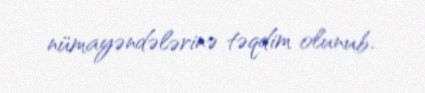
nümayəndələrinə təqdim olunub.